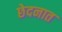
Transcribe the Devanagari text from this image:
छेदनात